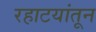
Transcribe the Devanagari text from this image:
रहाटयांतून